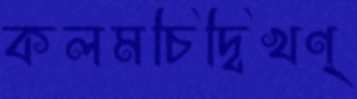
কলমচিদ্বিখণ্